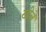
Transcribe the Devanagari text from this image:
खीलें